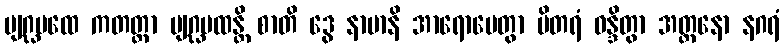
ဗျဂ္ဃပထေ ကတတ္တာ ဗျဂ္ဃပထန္တိ စာတိ ဒွေ နာမာနိ အာရောပေတွာ ပိတရံ ဝန္ဒိတွာ အတ္တနော နဂရံ